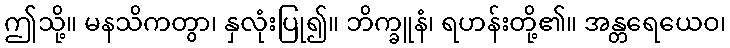
ဤသို့။ မနသိကတွာ၊ နှလုံးပြု၍။ ဘိက္ခူနံ၊ ရဟန်းတို့၏။ အန္တရေယေဝ၊